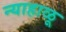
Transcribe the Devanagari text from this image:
न्याहाळू